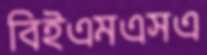
বিইএমএসএ